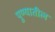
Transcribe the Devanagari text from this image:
पुण्‍यातील